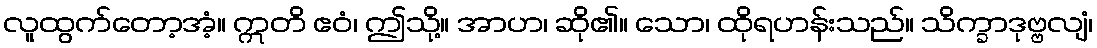
လူထွက်တော့အံ့။ ဣတိ ဧဝံ၊ ဤသို့။ အာဟ၊ ဆို၏။ သော၊ ထိုရဟန်းသည်။ သိက္ခာဒုဗ္ဗလျံ၊